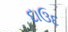
દાઉદ